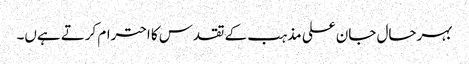
بہرحال جان علی مذہب کے تقدس کا احترام کرتے ہےں۔